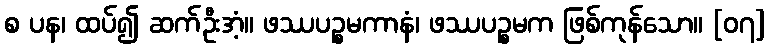
စ ပန၊ ထပ်၍ ဆက်ဦးအံ့။ ဖဿပဉ္စမကာနံ၊ ဖဿပဉ္စမက ဖြစ်ကုန်သော။ [၀၇]